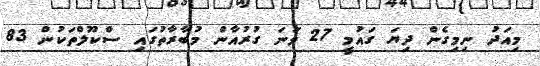
މިއަދު ނިމިގެން ދިޔަ ގައުމީ 27 ވަނަ ގުރުއާން މުބާރާތުގައި ސްކޫލްތަކުން 83